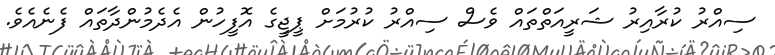
ސިއްރު ކުރާއިރު ޝަރީއަތްތައް ވެސް ސިއްރު ކުރުމަށް ޕީޖީގެ އޮފީހުން އެދެމުންދާތައް ފެނެއެވެ.